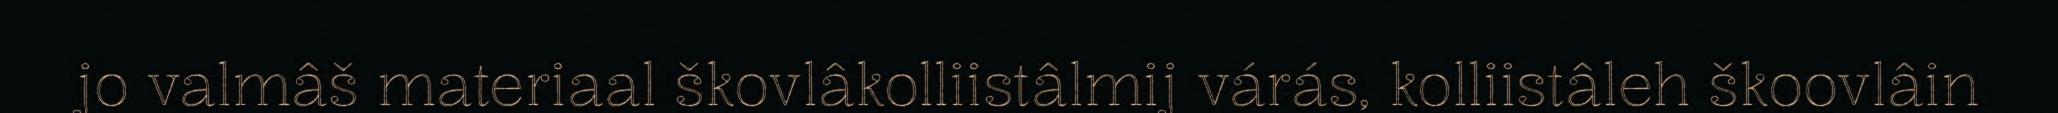
jo valmâš materiaal škovlâkolliistâlmij várás, kolliistâleh škoovlâin